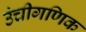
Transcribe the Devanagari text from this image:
उंचीगणिक